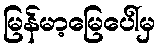
မြန်မာ့မြေပေါ်မှ